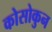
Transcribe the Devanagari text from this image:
कोसोकुन